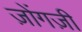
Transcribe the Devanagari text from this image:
ज़ोंगज़ी